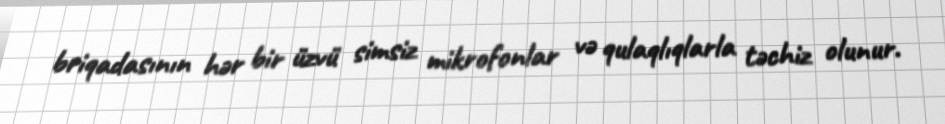
briqadasının hər bir üzvü simsiz mikrofonlar və qulaqlıqlarla təchiz olunur.